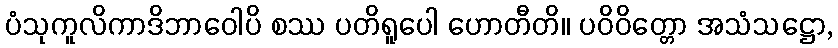
ပံသုကူလိကာဒိဘာဝေါပိ စဿ ပတိရူပေါ ဟောတီတိ။ ပဝိဝိတ္တော အသံသဋ္ဌော,